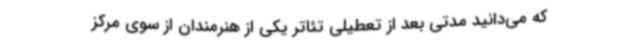
که می‌دانید مدتی بعد از تعطیلی تئاتر یکی از هنرمندان از سوی مرکز